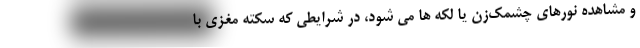
و مشاهده نورهای چشمک‌زن یا لکه ها می شود، در شرایطی که سکته مغزی با